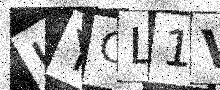
Text: HYOL1V